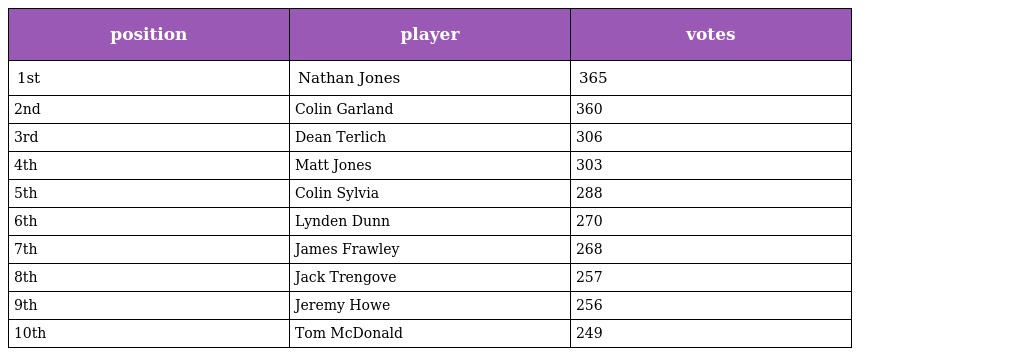
| position | player | votes |
 | --- | --- | --- |
 | 1st | Nathan Jones | 365 |
 | 2nd | Colin Garland | 360 |
 | 3rd | Dean Terlich | 306 |
 | 4th | Matt Jones | 303 |
 | 5th | Colin Sylvia | 288 |
 | 6th | Lynden Dunn | 270 |
 | 7th | James Frawley | 268 |
 | 8th | Jack Trengove | 257 |
 | 9th | Jeremy Howe | 256 |
 | 10th | Tom McDonald | 249 |